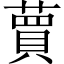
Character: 蕒